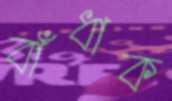
বাঁধাক